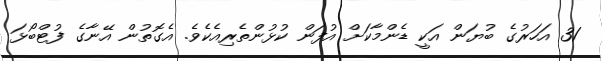
31 އަހަރުގެ ބުޔަން އަކީ ޑެންމާކަށް އުފަން ކުޅުންތެރިއެކެވެ. އެގޮތުން އޭނާގެ ފުޓްބޯޅަ